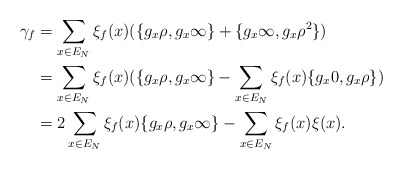
\begin{align*}\gamma_f & = \sum_{x \in E_N} \xi_f(x) (\{g_x \rho, g_x \infty\}+ \{g_x \infty, g_x \rho^2\})\\& = \sum_{x \in E_N} \xi_f(x) (\{g_x \rho, g_x \infty\} - \sum_{x \in E_N} \xi_f(x) \{g_x 0, g_x \rho\})\\& = 2 \sum_{x \in E_N} \xi_f(x) \{g_x \rho, g_x \infty\} - \sum_{x \in E_N} \xi_f(x) \xi(x).\end{align*}